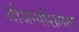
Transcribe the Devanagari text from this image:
सोजन्यशिलता